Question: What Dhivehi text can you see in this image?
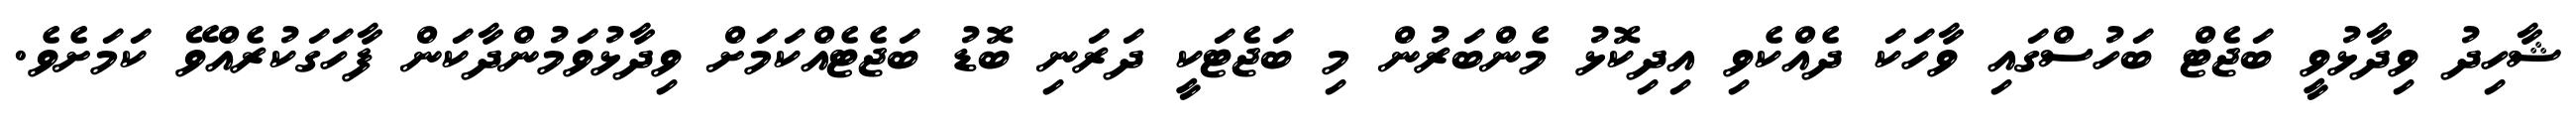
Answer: ޝާހިދު ވިދާޅުވީ ބަޖެޓް ބަހުސްގައި ވާހަކަ ދެއްކެވި އިދިކޮޅު މެންބަރުން މި ބަޖެޓަކީ ދަރަނި ބޮޑު ބަޖެޓެއްކަމަށް ވިދާޅުވަމުންދާކަން ފާހަގަކުރެއްވޭ ކަމަށެވެ.